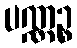
ပဏ္ဏဉ္စ